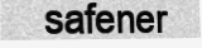
safener